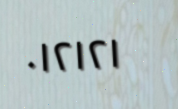
٠١٢١٢١